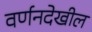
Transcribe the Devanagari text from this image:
वर्णनदेखील